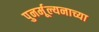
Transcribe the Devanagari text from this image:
पुनर्मूल्यनाच्या